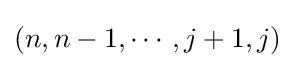
(n,n-1,\cdots ,j+1,j)